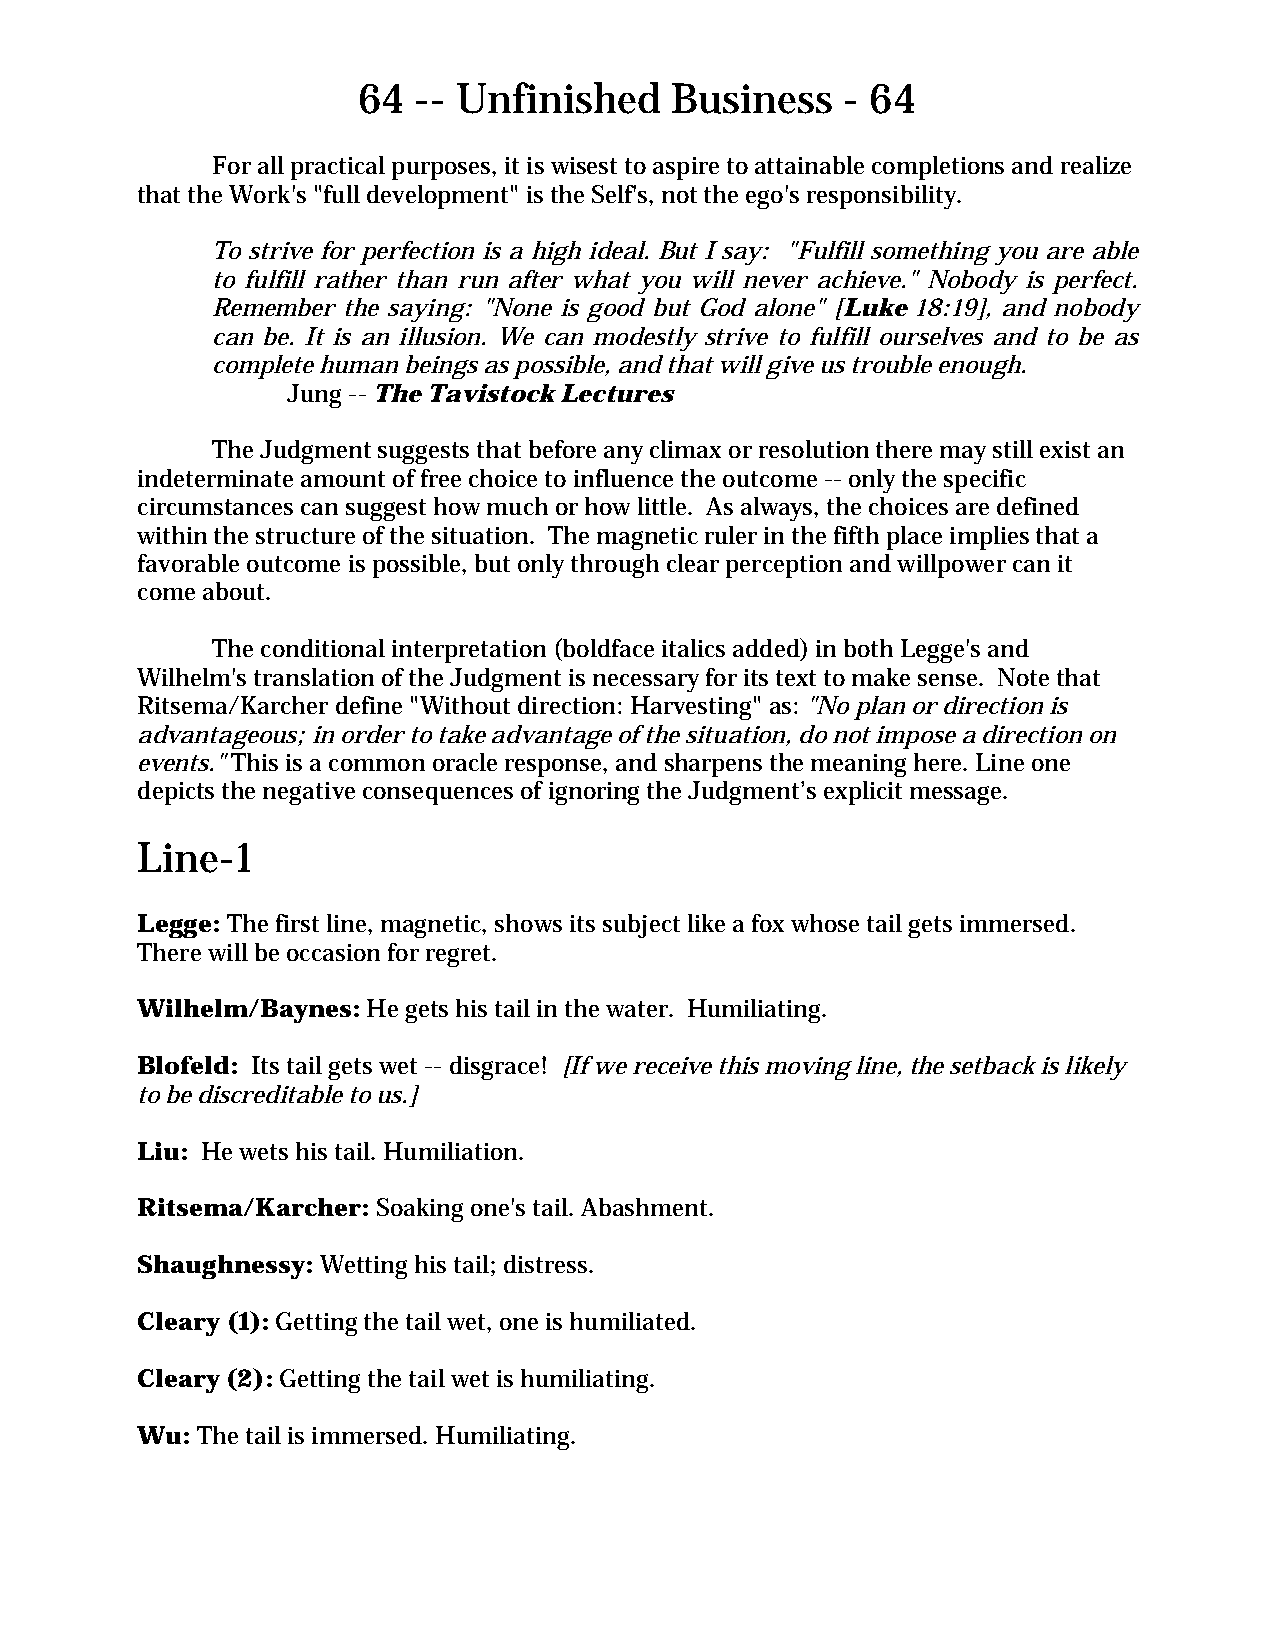
64  -- Unfinished   Business    - 64
 For all practical purposes, it is wisest to aspire to attainable completions and realize
 that the Work's "full development" is the Self's, not the ego's responsibility.
 To strive for perfection is a high ideal. But I say: "Fulfill something you are able
 to fulfill rather than run after what you will never achieve." Nobody is perfect.
 Remember the saying: "None is good but God alone" [Luke 18:19], and nobody
 can be. It is an illusion. We can modestly strive to fulfill ourselves and to be as
 complete human beings as possible, and that will give us trouble enough.
 Jung -- The Tavistock Lectures
 The Judgment suggests that before any climax or resolution there may still exist an
 indeterminate amount of free choice to influence the outcome -- only the specific
 circumstances can suggest how much or how little. As always, the choices are defined
 within the structure of the situation. The magnetic ruler in the fifth place implies that a
 favorable outcome is possible, but only through clear perception and willpower can it
 come about.
 The conditional interpretation (boldface italics added) in both Legge's and
 Wilhelm's translation of the Judgment is necessary for its text to make sense. Note that
 Ritsema/Karcher define "Without direction: Harvesting" as: "No plan or direction is
 advantageous; in order to take advantage of the situation, do not impose a direction on
 events." This is a common oracle response, and sharpens the meaning here. Line one
 depicts the negative consequences of ignoring the Judgment’s explicit message.
 Line-1
 Legge: The first line, magnetic, shows its subject like a fox whose tail gets immersed.
 There will be occasion for regret.
 Wilhelm/Baynes: He gets his tail in the water. Humiliating.
 Blofeld: Its tail gets wet -- disgrace! [If we receive this moving line, the setback is likely
 to be discreditable to us.]
 Liu: He wets his tail. Humiliation.
 Ritsema/Karcher: Soaking one's tail. Abashment.
 Shaughnessy: Wetting his tail; distress.
 Cleary (1): Getting the tail wet, one is humiliated.
 Cleary (2): Getting the tail wet is humiliating.
 Wu: The tail is immersed. Humiliating.